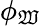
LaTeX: \phi_{\mathfrak{W}}